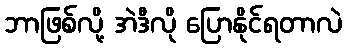
ဘာဖြစ်လို့ အဲဒီလို ပြောနိုင်ရတာလဲ